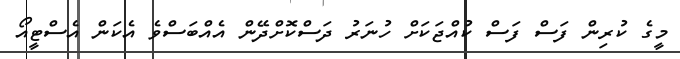
މީގެ ކުރިން ފަސް ފަސް ކުއްޖަކަށް ހުނަރު ދަސްކޮށްދޭން އެއްބަސްވެ އެކަން އެސްޓީއޯ